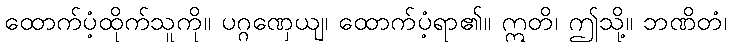
ထောက်ပံ့ထိုက်သူကို။ ပဂ္ဂဏှေယျ၊ ထောက်ပံ့ရာ၏။ ဣတိ၊ ဤသို့။ ဘဏိတံ၊